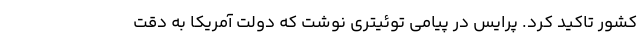
کشور تأکید کرد. پرایس در پیامی توئیتری نوشت که دولت آمریکا به دقت